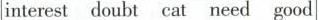
interest doubt cat need good